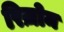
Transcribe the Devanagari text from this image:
रिज़ोम